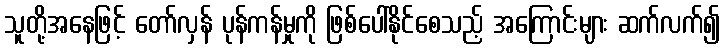
သူတို့အနေဖြင့် တော်လှန် ပုန်ကန်မှုကို ဖြစ်ပေါ်နိုင်စေသည့် အကြောင်းများ ဆက်လက်၍